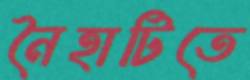
নৈহাটিতে